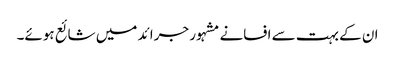
ان کے بہت سے افسانے مشہور جرائد میں شائع ہوئے۔